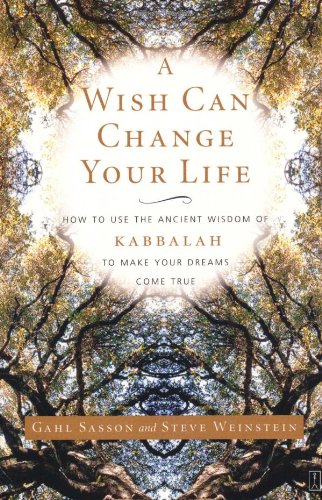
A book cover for A Wish Can Change Your Life: How to Use the Ancient Wisdom of Kabbalah to Make Your Dreams Come True; Gahl Sasson; Religion & Spirituality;